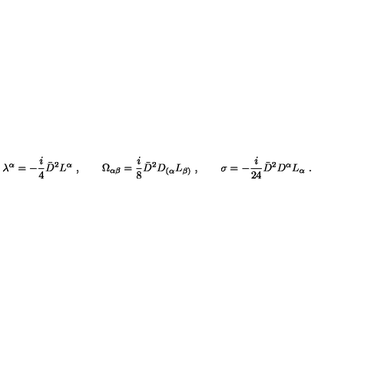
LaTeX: \lambda ^ { \alpha } = - \frac { i } { 4 } { \bar { D } } ^ { 2 } L ^ { \alpha } \ , \qquad \Omega _ { \alpha \beta } = \frac { i } { 8 } { \bar { D } } ^ { 2 } D _ { ( \alpha } L _ { \beta ) } \ , \qquad \sigma = - \frac { i } { 2 4 } { \bar { D } } ^ { 2 } D ^ { \alpha } L _ { \alpha } \ .